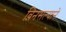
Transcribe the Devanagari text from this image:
बिनसल्याने